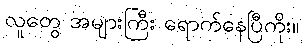
လူတွေ အများကြီး ရောက်နေပြီကိုး။